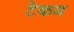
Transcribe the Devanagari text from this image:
टेकम